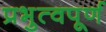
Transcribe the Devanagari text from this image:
प्रभुत्वपूर्ण